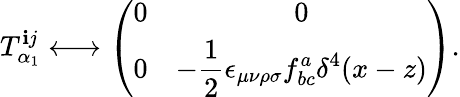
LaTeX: T_{\alpha_{1}}^{\mathbf{i}j}\longleftrightarrow\left(\begin{array}{cc}{{0}}&{{0}}\\ {{0}}&{{{\displaystyle-\frac{1}{2}\epsilon_{\mu\nu\rho\sigma}f_{bc}^{a}\delta^{4}(x-z)}}}\end{array}\right).